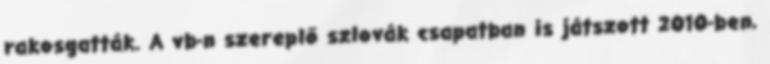
rakosgatták. A vb-n szereplő szlovák csapatban is játszott 2010-ben,